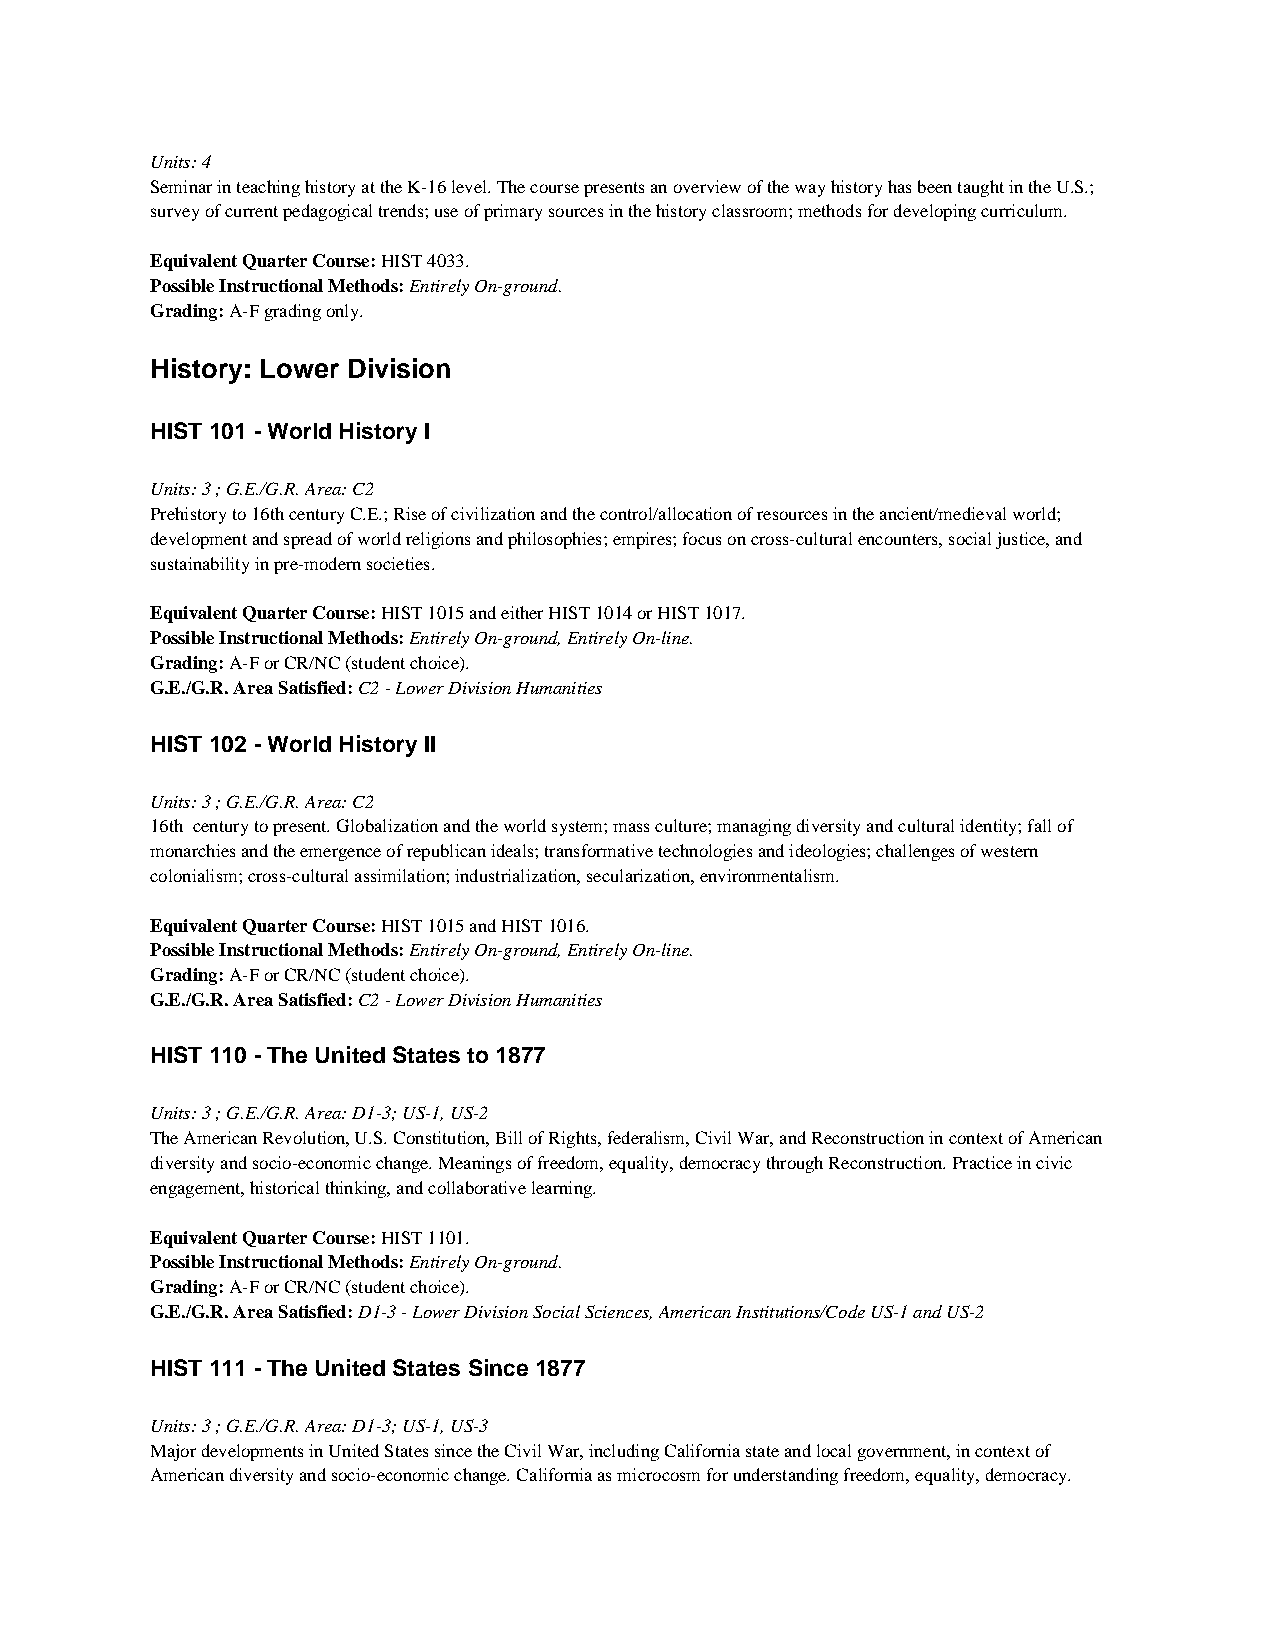
Units: 4
 Seminar in teaching history at the K-16 level. The course presents an overview of the way history has been taught in the U.S.;
 survey of current pedagogical trends; use of primary sources in the history classroom; methods for developing curriculum.
 Equivalent Quarter Course: HIST 4033.
 Possible Instructional Methods: Entirely On-ground.
 Grading: A-F grading only.
 History: Lower Division
 HIST 101 - World History I
 Units: 3 ; G.E./G.R. Area: C2
 Prehistory to 16th century C.E.; Rise of civilization and the control/allocation of resources in the ancient/medieval world;
 development and spread of world religions and philosophies; empires; focus on cross-cultural encounters, social justice, and
 sustainability in pre-modern societies.
 Equivalent Quarter Course: HIST 1015 and either HIST 1014 or HIST 1017.
 Possible Instructional Methods: Entirely On-ground, Entirely On-line.
 Grading: A-F or CR/NC (student choice).
 G.E./G.R. Area Satisfied: C2 - Lower Division Humanities
 HIST 102 - World History II
 Units: 3 ; G.E./G.R. Area: C2
 16th century to present. Globalization and the world system; mass culture; managing diversity and cultural identity; fall of
 monarchies and the emergence of republican ideals; transformative technologies and ideologies; challenges of western
 colonialism; cross-cultural assimilation; industrialization, secularization, environmentalism.
 Equivalent Quarter Course: HIST 1015 and HIST 1016.
 Possible Instructional Methods: Entirely On-ground, Entirely On-line.
 Grading: A-F or CR/NC (student choice).
 G.E./G.R. Area Satisfied: C2 - Lower Division Humanities
 HIST 110 - The United States to 1877
 Units: 3 ; G.E./G.R. Area: D1-3; US-1, US-2
 The American Revolution, U.S. Constitution, Bill of Rights, federalism, Civil War, and Reconstruction in context of American
 diversity and socio-economic change. Meanings of freedom, equality, democracy through Reconstruction. Practice in civic
 engagement, historical thinking, and collaborative learning.
 Equivalent Quarter Course: HIST 1101.
 Possible Instructional Methods: Entirely On-ground.
 Grading: A-F or CR/NC (student choice).
 G.E./G.R. Area Satisfied: D1-3 - Lower Division Social Sciences, American Institutions/Code US-1 and US-2
 HIST 111 - The United States Since 1877
 Units: 3 ; G.E./G.R. Area: D1-3; US-1, US-3
 Major developments in United States since the Civil War, including California state and local government, in context of
 American diversity and socio-economic change. California as microcosm for understanding freedom, equality, democracy.